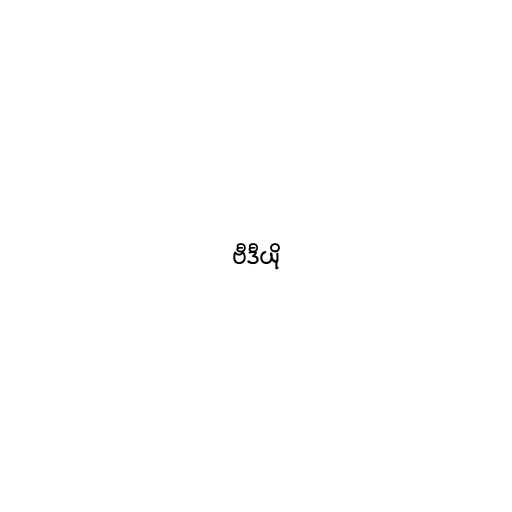
ဗီဒီယို